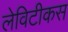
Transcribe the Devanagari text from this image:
लेविटीकस